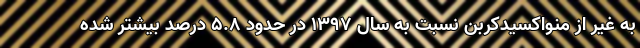
به غیر از منواکسیدکربن نسبت به سال ۱۳۹۷ در حدود ۵.۸ درصد بیشتر شده